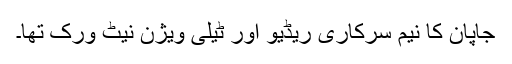
جاپان کا نیم سرکاری ریڈیو اور ٹیلی ویژن نیٹ ورک تھا۔